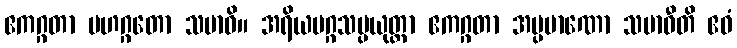
ဧကဂ္ဂတာ မဟဂ္ဂတော သမာဓိ။ အရိယမဂ္ဂသမ္ပယုတ္တာ ဧကဂ္ဂတာ အပ္ပမာဏော သမာဓီတိ ဧဝံ